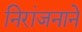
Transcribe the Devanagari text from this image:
निरांजनाने